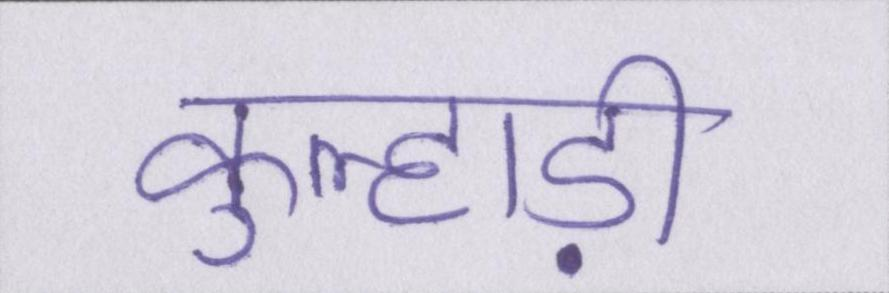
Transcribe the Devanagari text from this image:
कुल्हाड़ी